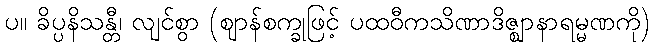
ပ။ ခိပ္ပနိသန္တီ၊ လျင်စွာ (ဈာန်စက္ခုဖြင့် ပထဝီကသိဏာဒိဇ္ဈာနာရမ္မဏကို)